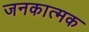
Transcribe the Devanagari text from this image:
जनकात्मक